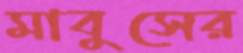
মাবুসের